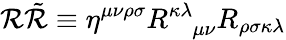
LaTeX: {\cal{R}}{\tilde{\cal{R}}}\equiv{\cal{\eta}}^{\mu\nu\rho\sigma}R_{\; \; \; \mu\nu}^{\kappa\lambda}R_{\rho\sigma\kappa\lambda}